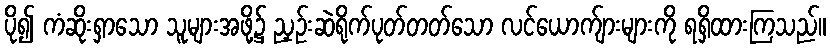
ပို၍ ကံဆိုးရှာသော သူများအဖို့၌ ညှဉ်းဆဲရိုက်ပုတ်တတ်သော လင်ယောက်ျားများကို ရရှိထားကြသည်။